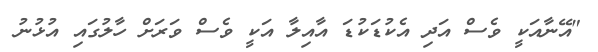
"އޭނާއަކީ ވެސް އަދި އެކުޑަކުޑަ އާއިލާ އަކީ ވެސް ވަރަށް ހާލުގައި އުޅުނު